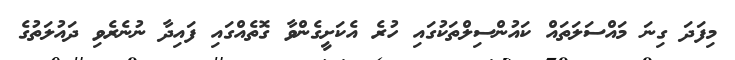
މިފަދަ ގިނަ މައްސަލަތައް ކައުންސިލްތަކުގައި ހުރެ އެކަށީގެންވާ ގޮތެއްގައި ފައިދާ ނުނެރެވި ދައުލަތުގެ